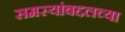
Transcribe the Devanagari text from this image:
समस्यांबद्दलच्या